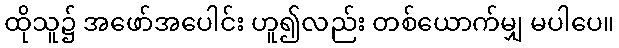
ထိုသူ၌ အဖော်အပေါင်း ဟူ၍လည်း တစ်ယောက်မျှ မပါပေ။